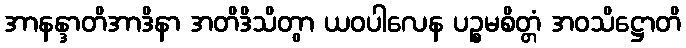
အာနန္ဒာတိအာဒိနာ အတိဒိသိတွာ ယဝပါလေန ပဉ္စမစိတ္တံ အဝသိဋ္ဌောတိ